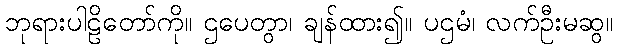
ဘုရားပါဠိတော်ကို။ ဌပေတွာ၊ ချန်ထား၍။ ပဌမံ၊ လက်ဦးမဆွ။